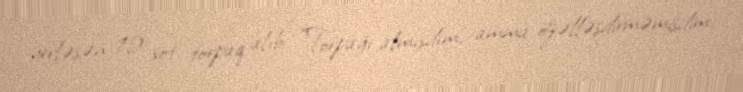
yerləşən 12 sot torpaq alıb: “Torpağı almışdım, amma özəlləşdirməmişdim.